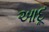
આદૂ